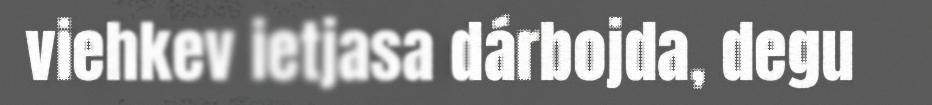
viehkev ietjasa dárbojda, degu